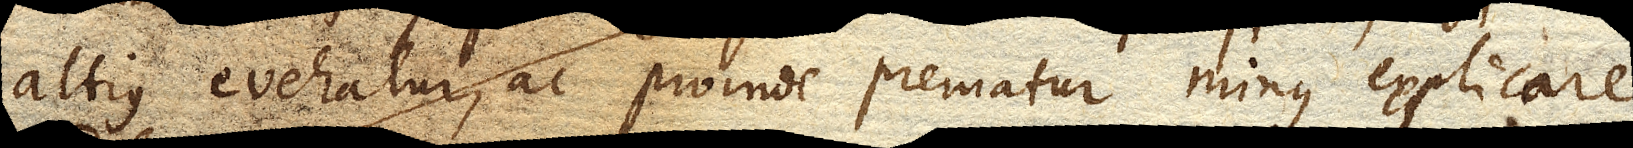
altius evehatur, ac proinde prematur minus explicare